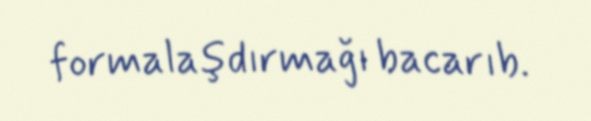
formalaşdırmağı bacarıb.